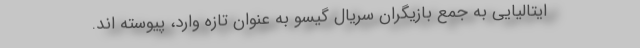
ایتالیایی به جمع بازیگران سریال گیسو به عنوان تازه وارد، پیوسته اند.